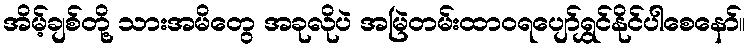
အိမ့်ချစ်တို့ သားအမိတွေ အခုလိုပဲ အမြဲတမ်းထာဝရပျော်ရွှင်နိုင်ပါစေနော်။